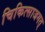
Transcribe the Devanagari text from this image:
चिकित्साजगत्‌